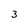
Character: 3